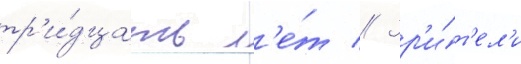
тр'и́дцать л'е́т // Зр'и́т'ел'и